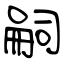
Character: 嗣